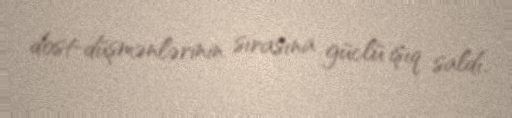
dost-düşmənlərinin sırasına güclü işıq saldı.